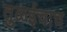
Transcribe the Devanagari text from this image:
तुळईचाच